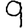
Digit: 9